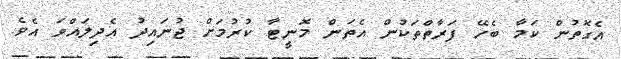
އެގޮތުން ކަމާ ބެހޭ ފަރާތްތަކުން އެތަން މޮނީޓާ ކުރުމަށް ޖުނައިދު އެދިލައްވަ އެވެ.